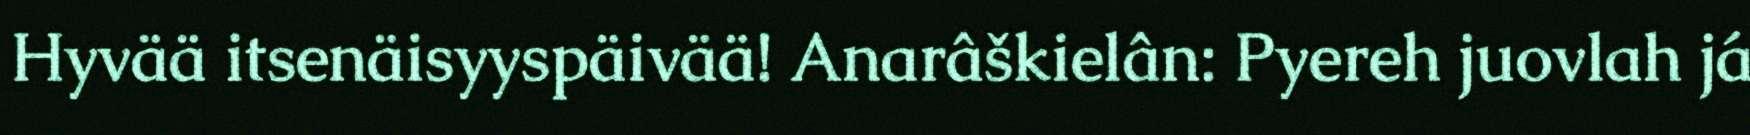
Hyvää itsenäisyyspäivää! Anarâškielân: Pyereh juovlah já